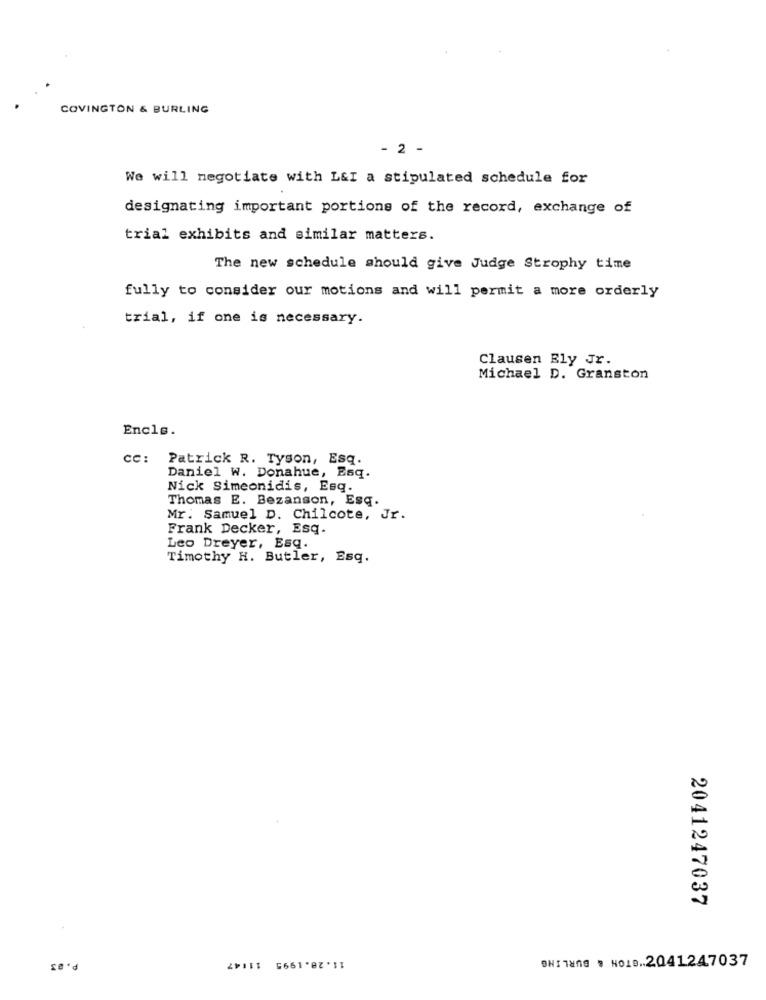
COVINGTON & BURLING
- 2 -
We will negotiate with L&I a stipulated schedule for
designating important portions of the record, exchange of
trial exhibits and similar matters.
The new schedule should give Judge Strophy time
fully to consider our motions and will permit a more orderly
trial, if one is necessary.
Clausen Ely Jr.
Michael D. Granston
Encls.
cc: Patrick R. Tyson, Esq.
Daniel W. Donahue, Esq.
Nick Simeonidis, Esq.
Thomas E. Bezanson, Esq.
Mr. Samuel D. Chilcote, Jr.
Frank Decker, Esq.
Leo Dreyer, Esq.
Timothy H. Butler, Esq.
2041247037
ONI Tang . NO1D .. 2041247037